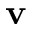
\mathbf { v }